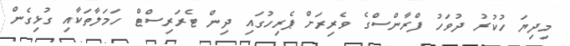
މިދިޔަ ހުކުރު ދުވަހު ފްރާންސްގެ ވެރިރަށް ޕެރިހުގައި ދިން ޓެރަރިސްޓް ހަމަލާތަކާއި ގުޅިގެން